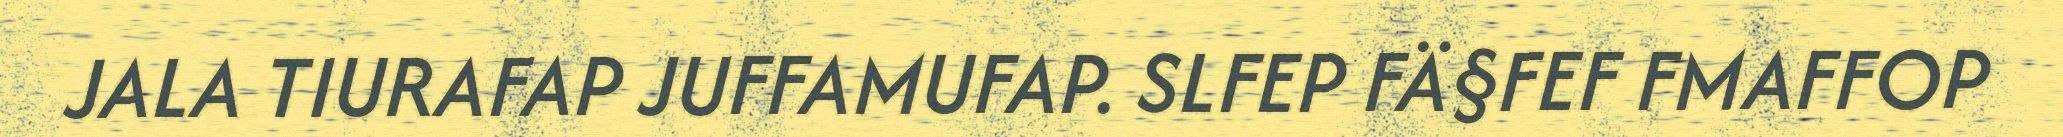
JALA TIURAFAP JUFFAMUFAP. SLFEP FÄ§FEF FMAFFOP